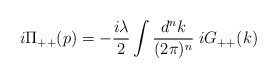
\begin{align*}i \Pi_{++} (p) = - \frac{i\lambda}{2} \int \frac{d^{n}k}{(2\pi)^{n}}\;iG_{++} (k)\end{align*}